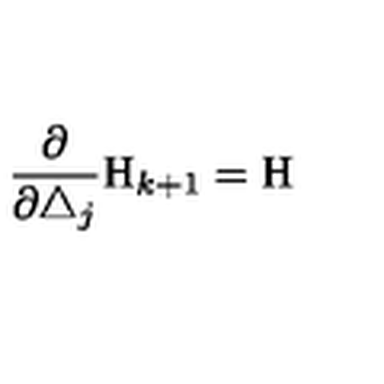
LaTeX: \frac \partial { \partial \triangle _ { j } } \mathrm { H } _ { k + 1 } = \mathrm { H }